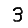
Digit: 3